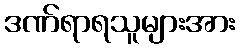
ဒဏ်ရာရသူများအား